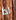
اذا